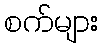
စက်များ